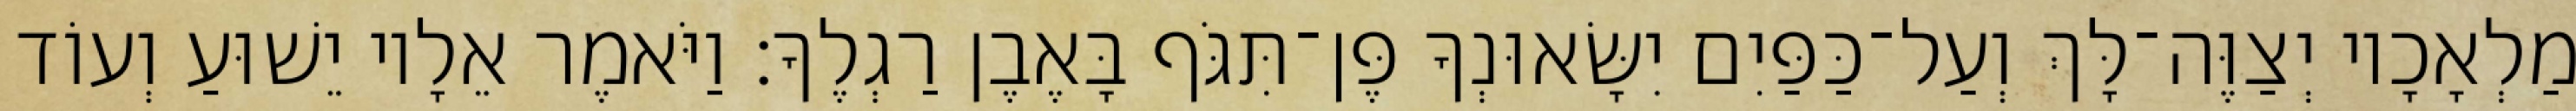
מַלְאָכָיו יְצַוֶּה־לָּךְ וְעַל־כַּפַּיִם יִשָּׂאוּנְךָ פֶּן־תִּגֹּף בָּאֶבֶן רַגְלֶךָ׃ וַיֹּאמֶר אֵלָיו יֵשׁוּעַ וְעוֹד